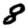
Digit: 8